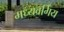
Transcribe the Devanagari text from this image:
मध्यवर्गिय